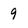
Character: 9